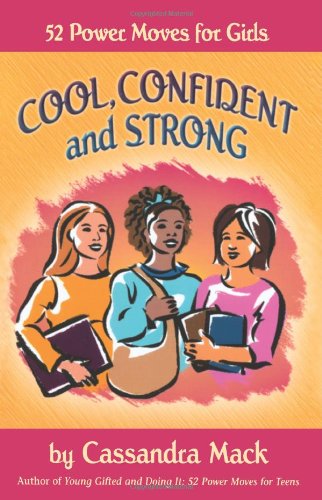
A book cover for Cool, Confident and Strong: 52 Power Moves for Girls; Cassandra Mack; Teen & Young Adult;